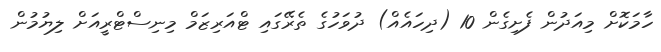
ހާމަކޮށް މިއަދުން ފެށިގެން 10 (ދިހައެއް) ދުވަހުގެ ތެރޭގައި ޓްއަރިޒަމް މިނިސްޓްރީއަށް ލިޔުމުން